Civil Veterinary Department. United Provinces 1923-31 - 1923-1931
Year: 1923
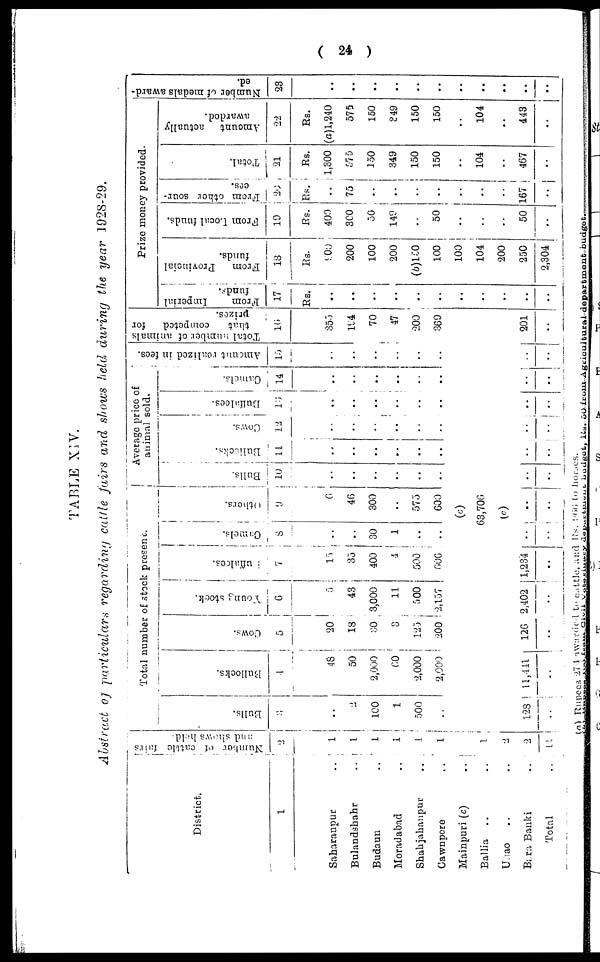
( 24 )
TABLE XIV.
Abstract of particulars regarding cattle fairs and shows held during the year 1928-29.
District.
1
Saharanpur ..
Bulandshahr ..
Budaun ..
Moradabad ..
Shahjahanpur ..
Cawnpore ..
Mainpuri (c) ..
Ballia .. ..
Unao .. ..
Bara Banki ..
Total ..
Number of cattle fairs
and shows held.
2
1
1
1
1
1
1
1
2
2
11
Total number of stock present.
Bulls.
3
..
2
100
1
500
..
128
..
Bullocks.
4
48
50
2,000
00
2,000
2,000
11,441
..
Cows.
5
20
18
30
3
123
200
126
..
Young stock.
6
5
43
3,000
11
500
2,157
2,402
..
Buffalces.
7
15
35
400
4
500
606
1,234
..
Camels.
8
..
..
30
1
..
..
..
..
Others.
9
6
46
300
..
575
600
(c)
63,706
(c)
..
..
Average price of
animal sold.
Bulls.
10
..
..
..
..
..
..
..
..
Bullocks.
11
..
..
..
..
..
..
..
..
Cows.
12
..
..
..
..
..
..
..
..
Buffalces.
13
..
..
..
..
..
..
..
..
Camels.
14
..
..
..
..
..
..
..
..
Amount realized in fees.
15
..
..
..
..
..
..
..
..
Total number of animals
that
competed
for
prizes.
16
353
194
70
47
200
369
201
..
Prize money provided.
From
Imperial
funds.
17
Rs.
..
..
..
..
..
..
..
..
..
..
..
From
Provincial
funds.
18
Rs.
900
200
100
200
(b)150
100
100
104
200
250
2,304
From Local funds.
19
Rs.
400
300
50
149
..
50
..
..
..
50
..
From other sour-
ces.
20
Rs.
..
75
..
..
..
..
..
..
..
167
..
Total.
21
Rs.
1,300
575
150
349
150
150
..
104
..
467
..
Amount actually
awarded.
22
Rs.
(a)1,240
575
150
349
150
150
..
104
..
443
..
Number of medals award-
ed.
23
..
..
..
..
..
..
..
..
..
..
..
(a) Rupees 274 awarded to cattle, and Rs. 966 to horses.
(b) Rupess 100 from Civil Veterinary department budget, Rs. 50 from Agricultural department
budget.